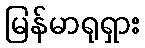
မြန်မာရုရှား